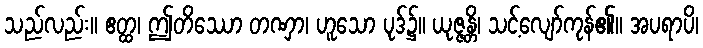
သည်လည်း။ ဧတ္ထ၊ ဤတိဿော တဏှာ၊ ဟူသော ပုဒ်၌။ ယုဇ္ဇန္တိ၊ သင့်လျော်ကုန်၏။ အပရာပိ၊